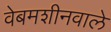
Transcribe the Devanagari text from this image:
वेबमशीनवाले